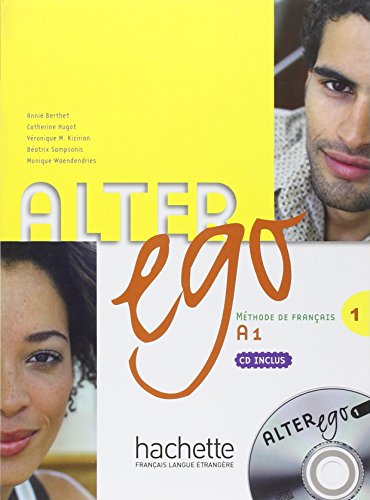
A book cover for Alter Ego Level One Textbook with CD (French Edition); Annie Berthet; Teen & Young Adult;